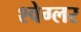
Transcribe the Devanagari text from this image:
श्वेग्लर